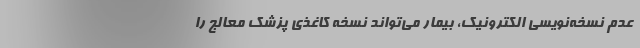
عدم نسخه‌نویسی الکترونیک، بیمار می‌تواند نسخه کاغذی پزشک معالج را